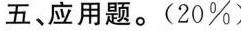
五、应用题。(20%)